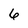
Character: 6